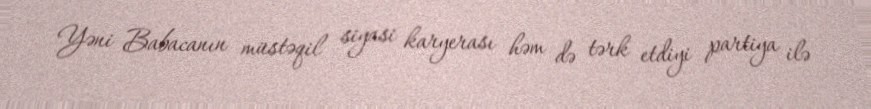
Yəni Babacanın müstəqil siyasi karyerası həm də tərk etdiyi partiya ilə